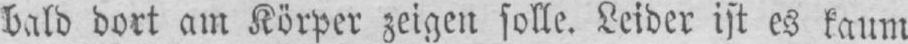
bald dort am Körper zeigen solle. Leider ist es kaum